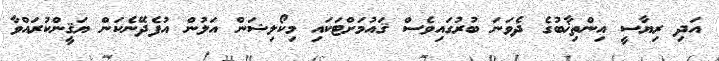
އަދި ރިޔާސީ އިންތިޚާބުގެ ދެވަނަ ބުރުގައިވެސް ޤައުމަށްޓަކައި މިކޯލިޝަން އަލުން އުފެދޭނެކަން ޔަޤީންކުރައްވާ